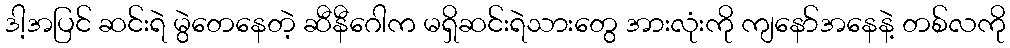
ဒါ့အပြင် ဆင်းရဲ မွဲတေနေတဲ့ ဆီနီဂေါက မရှိဆင်းရဲသားတွေ အားလုံးကို ကျနော်အနေနဲ့ တစ်လကို